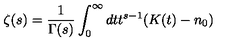
\zeta ( s ) = { \frac { 1 } { \Gamma ( s ) } } \int _ { 0 } ^ { \infty } d t t ^ { s - 1 } ( K ( t ) - n _ { 0 } )